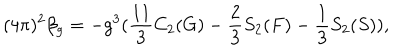
( 4 \pi ) ^ { 2 } \beta _ { g } = - g ^ { 3 } ( \frac { 1 1 } { 3 } C _ { 2 } ( G ) - \frac { 2 } { 3 } S _ { 2 } ( F ) - \frac { 1 } { 3 } S _ { 2 } ( S ) ) ,